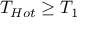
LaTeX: T _ { H o t } \geq T _ { 1 }